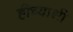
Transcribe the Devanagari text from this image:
हीच्याशी